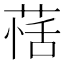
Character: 𦳇